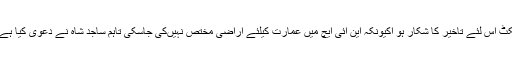
این ایچ ایس کے ترجمان ساجد شاہ کے مطا یہ پروجیکٹ اس لئے تاخیر کا شکار ہو اکیونکہ این آئی ایچ میں عمارت کیلئے اراضی مختص نہیںکی جاسکی تاہم ساجد شاہ نے دعوی کیا ہے کہ اراضی اگلے بورڈ میں مختص کردی جائے گی ۔